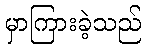
မှာကြားခဲ့သည်